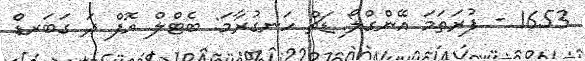
1653 - ފުރަތަމަ އޭންގްލޯ ޑަޗް ހަނގުރާމަ: ބެޓްލް އޮފް ދަ ގަބަރޑް